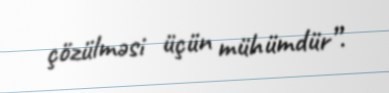
çözülməsi üçün mühümdür”.